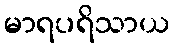
မာရပရိသာယ